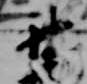
廿